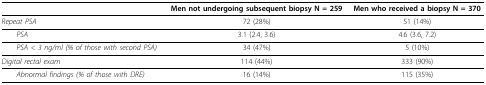
<table><thead><tr><td></td><td><b>Men not undergoing subsequent biopsy N = 259</b></td><td><b>Men who received a biopsy N = 370</b></td></tr></thead><tbody><tr><td><i>Repeat PSA</i></td><td>72 (28%)</td><td>51 (14%)</td></tr><tr><td> <i>PSA</i></td><td>3.1 (2.4, 3.6)</td><td>4.6 (3.6, 7.2)</td></tr><tr><td> <i>PSA &lt; 3 ng/ml (% of those with second PSA)</i></td><td>34 (47%)</td><td>5 (10%)</td></tr><tr><td><i>Digital rectal exam</i></td><td>114 (44%)</td><td>333 (90%)</td></tr><tr><td> <i>Abnormal findings (% of those with DRE)</i></td><td>16 (14%)</td><td>115 (35%)</td></tr></tbody></table>